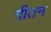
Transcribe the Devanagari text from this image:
गीतन